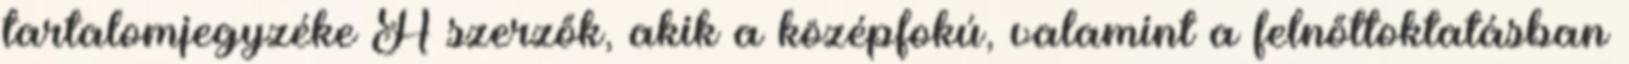
tartalomjegyzéke A szerzők, akik a középfokú, valamint a felnőttoktatásban